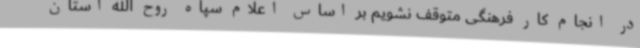
در انجام کار فرهنگی متوقف نشویم بر اساس اعلام سپاه روح الله استان